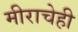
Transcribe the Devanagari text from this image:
मीराचेही